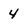
Character: 4